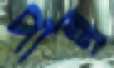
পান্নু